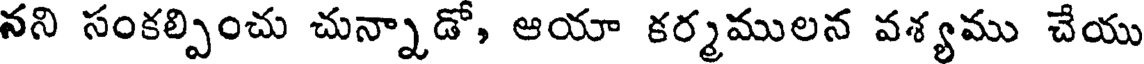
నని సంకల్పించు చున్నాడో, ఆయా కర్మములన వశ్యము చేయు